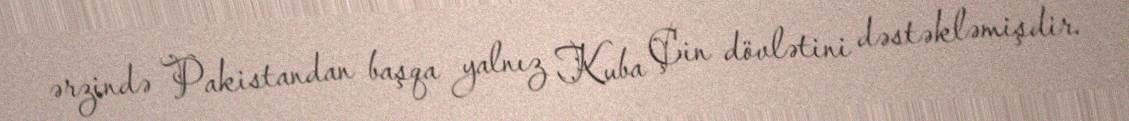
ərzində Pakistandan başqa yalnız Kuba Çin dövlətini dəstəkləmişdir.